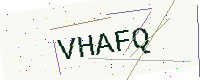
Text: VHAFQ